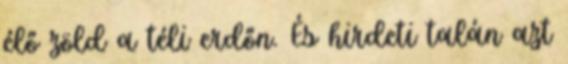
élő zöld a téli erdőn. És hirdeti talán azt